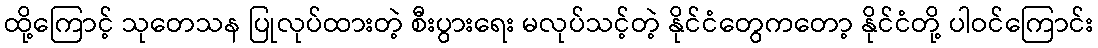
ထို့ကြောင့် သုတေသန ပြုလုပ်ထားတဲ့ စီးပွားရေး မလုပ်သင့်တဲ့ နိုင်ငံတွေကတော့ နိုင်ငံတို့ ပါဝင်ကြောင်း